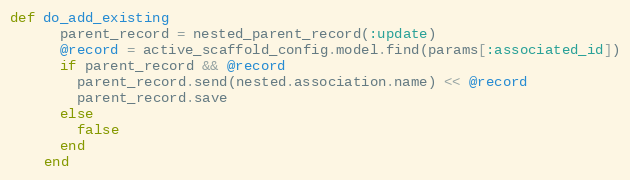
Language: Ruby
def do_add_existing
      parent_record = nested_parent_record(:update)
      @record = active_scaffold_config.model.find(params[:associated_id])
      if parent_record && @record
        parent_record.send(nested.association.name) << @record
        parent_record.save
      else
        false
      end
    end